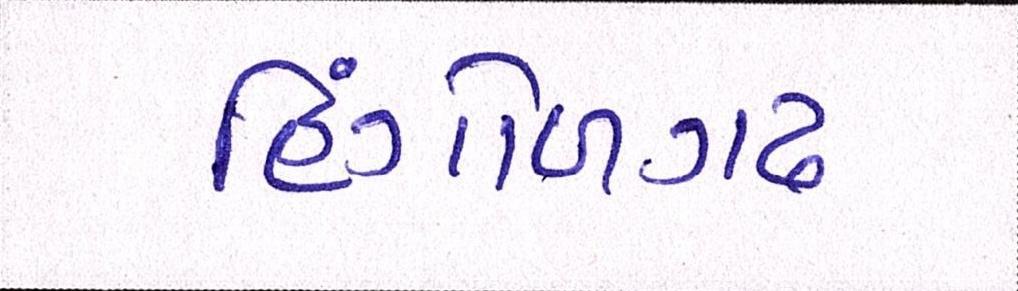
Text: હિંગોળગઢ